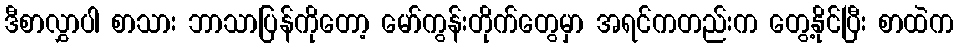
ဒီစာလွှာပါ စာသား ဘာသာပြန်ကိုတော့ မော်ကွန်းတိုက်တွေမှာ အရင်ကတည်းက တွေ့နိုင်ပြီး စာထဲက